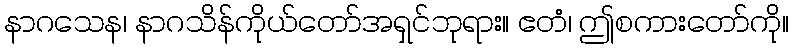
နာဂသေန၊ နာဂသိန်ကိုယ်တော်အရှင်ဘုရား။ ဧတံ၊ ဤစကားတော်ကို။